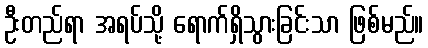
ဦးတည်ရာ အရပ်သို့ ရောက်ရှိသွားခြင်းသာ ဖြစ်မည်။